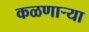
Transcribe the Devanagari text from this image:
कळणार्‍या